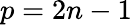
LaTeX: p=2n-1